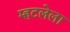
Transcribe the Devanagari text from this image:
म्हटलेला